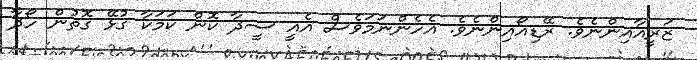
ޒަރީއާއިންނެވެ. ރޭޑިއޯއިންނެވެ. އެހެންނަމަވެސް އެއީ ސީދާ ކޮން ކަމަކާ ގުޅޭ ގޮތުން ހޯދާ